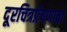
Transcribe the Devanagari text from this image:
दूरचित्रप्रेषणाचा